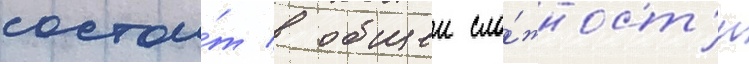
состои́т в общеи сло́жност'и